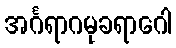
အင်္ဂရာဂမုခရာဂေါ